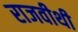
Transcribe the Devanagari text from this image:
राजवीथी